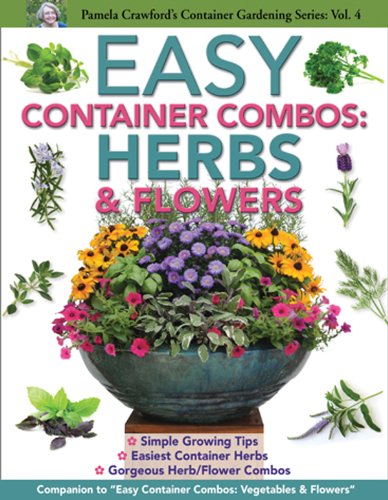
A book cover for Easy Container Combos: Herbs & Flowers (Pamela Crawford's Container Series); Pamela Crawford; Crafts, Hobbies & Home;